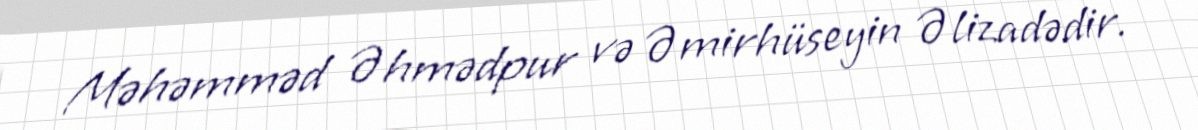
Məhəmməd Əhmədpur və Əmirhüseyin Əlizadədir.